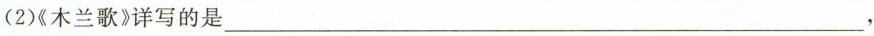
（2）《木兰歌》详写的是___,